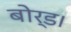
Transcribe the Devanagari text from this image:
बोर्ड।